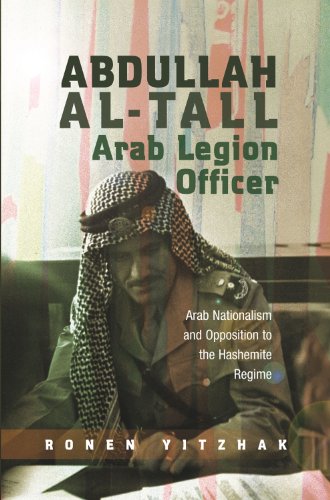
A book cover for Abdullah al-Tall Arab Legion Officer: Arab Nationalism and Opposition to the Hashemite Regime; Ronen Yitzhak; Biographies & Memoirs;